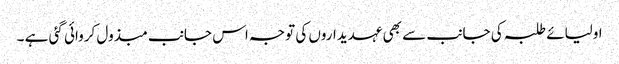
اولیائے طلبہ کی جانب سے بھی عہدیداروں کی توجہ اس جانب مبذول کروائی گئی ہے ۔